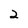
Character: 2